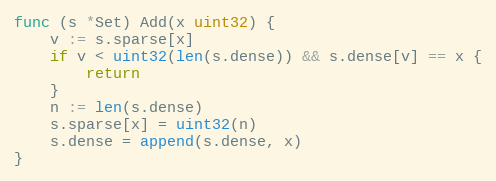
Language: Go
func (s *Set) Add(x uint32) {
	v := s.sparse[x]
	if v < uint32(len(s.dense)) && s.dense[v] == x {
		return
	}
	n := len(s.dense)
	s.sparse[x] = uint32(n)
	s.dense = append(s.dense, x)
}